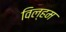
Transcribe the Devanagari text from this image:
विल्‍हम